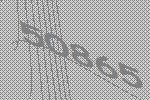
50865